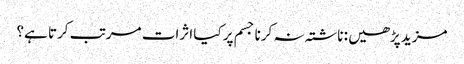
مزید پڑھیں : ناشتہ نہ کرنا جسم پر کیا اثرات مرتب کرتا ہے؟